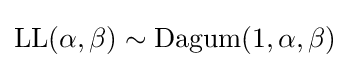
\operatorname {LL} (\alpha ,\beta )\sim {\textrm {Dagum}}(1,\alpha ,\beta )